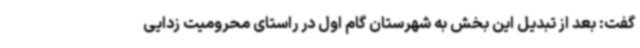
گفت: بعد از تبدیل این بخش به شهرستان گام اول در راستای محرومیت زدایی